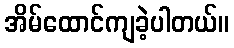
အိမ်ထောင်ကျခဲ့ပါတယ်။